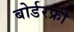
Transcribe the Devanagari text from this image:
बोर्डरफ्री